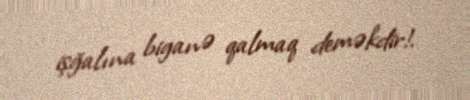
işğalına biganə qalmaq deməkdir!.